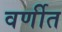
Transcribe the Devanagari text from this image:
वर्णीत